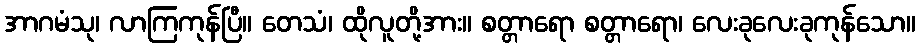
အာဂမံသု၊ လာကြကုန်ပြီ။ တေသံ၊ ထိုလူတို့အား။ စတ္တာရော စတ္တာရော၊ လေးခုလေးခုကုန်သော။